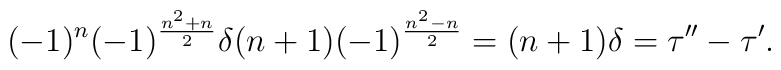
(-1)^n (-1)^{\frac{n^2+n}{2}}\delta (n+1) (-1)^{\frac{n^2-n}{2}} = (n+1) \delta = \tau'' - \tau'.